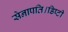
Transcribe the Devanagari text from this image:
सेनापति।डिप्टी